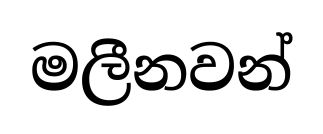
මලීනවන්